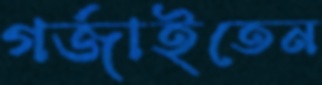
গর্জাইতেন